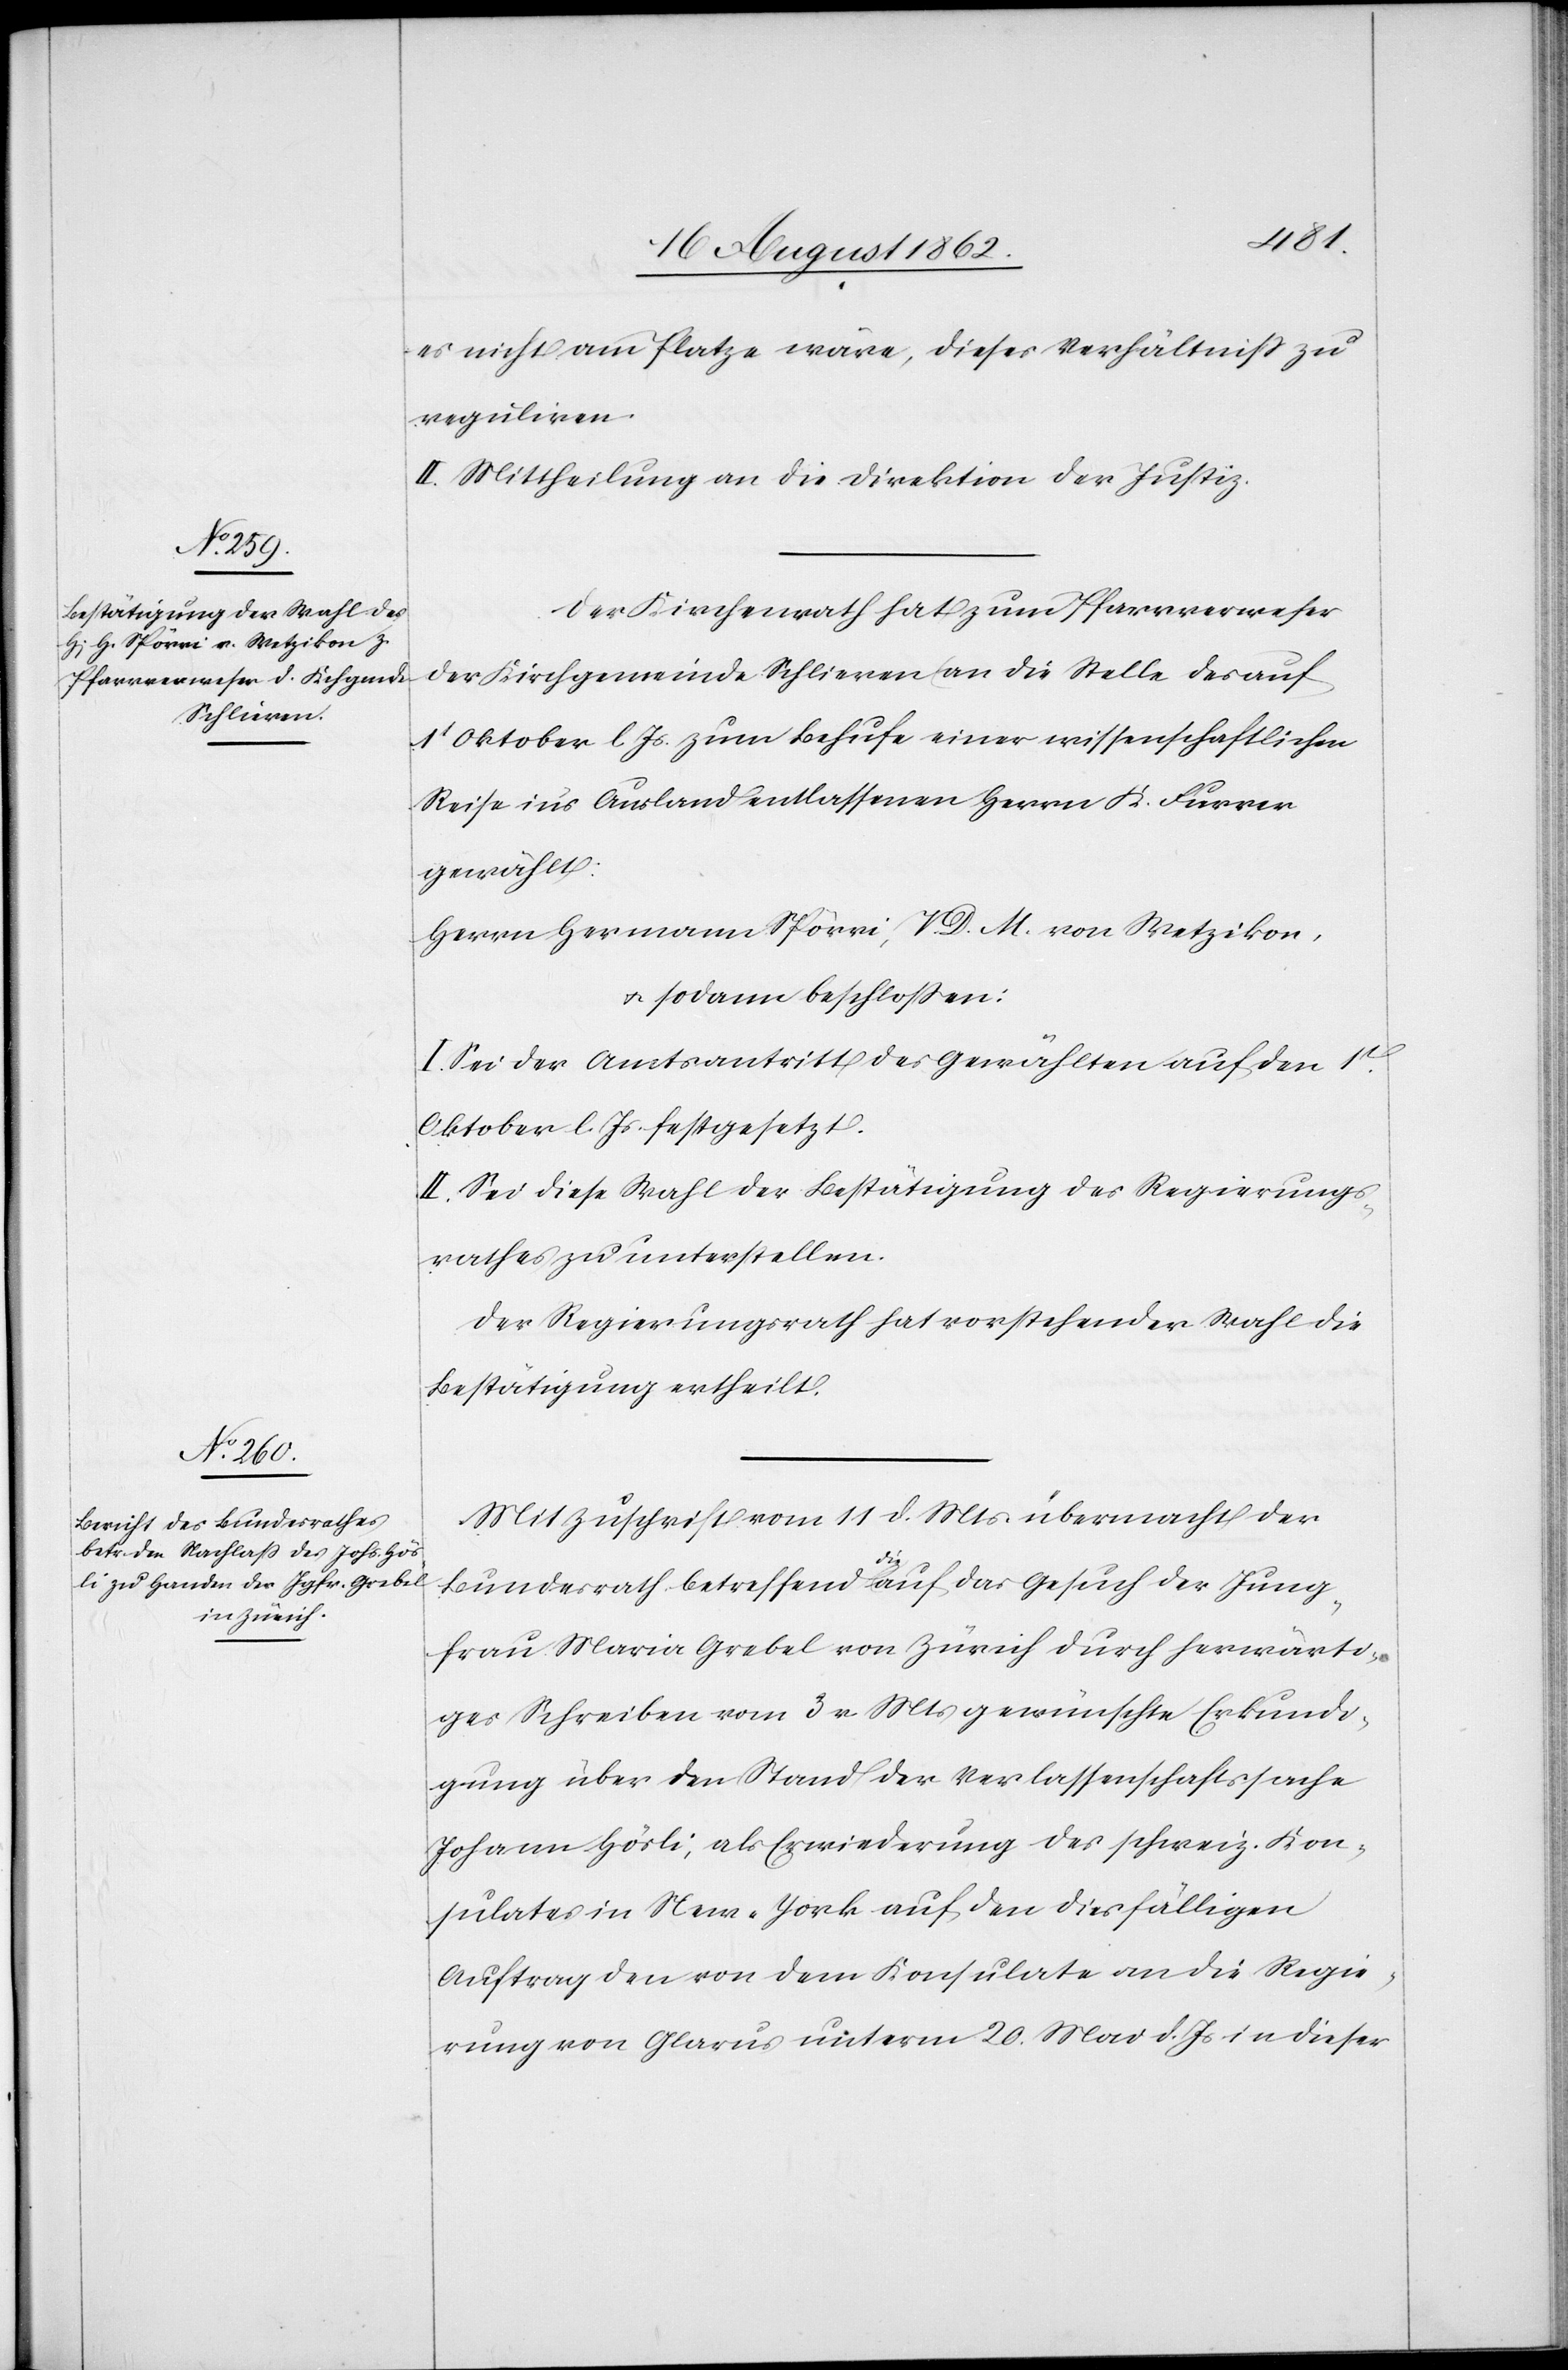
es nicht am Platze wäre, dieses Verhältniß zu
reguliren.
II. Mittheilung an die Direktion der Justiz.
Der Kirchenrath hat zum Pfarrverweser
der Kirchgemeinde Schlieren an die Stelle des auf
1t Oktober l. Js. zum Behufe einer wissenschaftlichen
Reise ins Ausland entlassenen Herrn K. Furrer
gewählt:
Herrn Hermann Spörri, V. D. M. von Wetzikon,
u. sodann beschlossen:
I. Sei der Amtsantritt des Gewählten auf den 1t
Oktober l. Js. festgesetzt.
II. Sei diese Wahl der Bestätigung des Regierungs¬
rathes zu unterstellen.
Der Regierungsrath hat vorstehender Wahl die
Bestätigung ertheilt.
Mit Zuschrift vom 11. d. Mts. übermacht der
Bundesrath betreffend die auf das Gesuch der Jung¬
frau Maria Grebel von Zürich durch herwärti¬
ges Schreiben vom 3. v. Mts. gewünschte Erkundi¬
gung über den Stand der Verlassenschaftssache
Johann Hösli, als Erwiederung des schweiz. Kon¬
sulates in New-York auf den diesfälligen
Auftrag den von dem Konsulate an die Regie¬
rung von Glarus unterm 20. Mai d. Js. in dieser